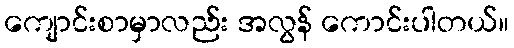
ကျောင်းစာမှာလည်း အလွန် ကောင်းပါတယ်။